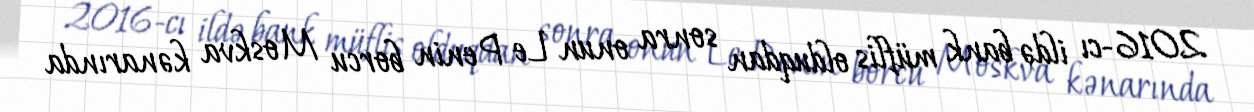
2016-cı ildə bank müflis olduqdan sonra onun Le Penin borcu Moskva kənarında